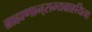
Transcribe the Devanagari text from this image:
ब्राह्मणान्‌सम्यग्राहयित्वा